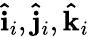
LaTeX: \mathbf{\hat{i}}_{i},\mathbf{\hat{j}}_{i},\mathbf{\hat{k}}_{i}